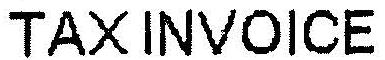
TAX INVOICE